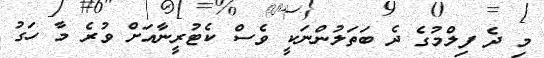
މި ދެ ފިލްމުގެ ދެ ބަތަލުންނަކީ ވެސް ކެޓުރީނާއަށް ވުރެ މާ ހަގު